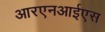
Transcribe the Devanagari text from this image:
आरएनआईएस